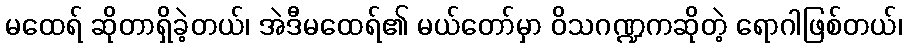
မထေရ် ဆိုတာရှိခဲ့တယ်၊ အဲဒီမထေရ်၏ မယ်တော်မှာ ဝိသဂဏ္ဍကဆိုတဲ့ ရောဂါဖြစ်တယ်၊